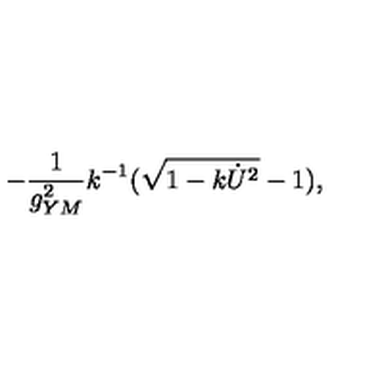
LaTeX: - { \frac { 1 } { g _ { Y M } ^ { 2 } } } k ^ { - 1 } ( \sqrt { 1 - k \dot { U } ^ { 2 } } - 1 ) ,